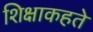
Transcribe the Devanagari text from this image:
शिक्षाकहते